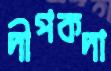
দীপকদা